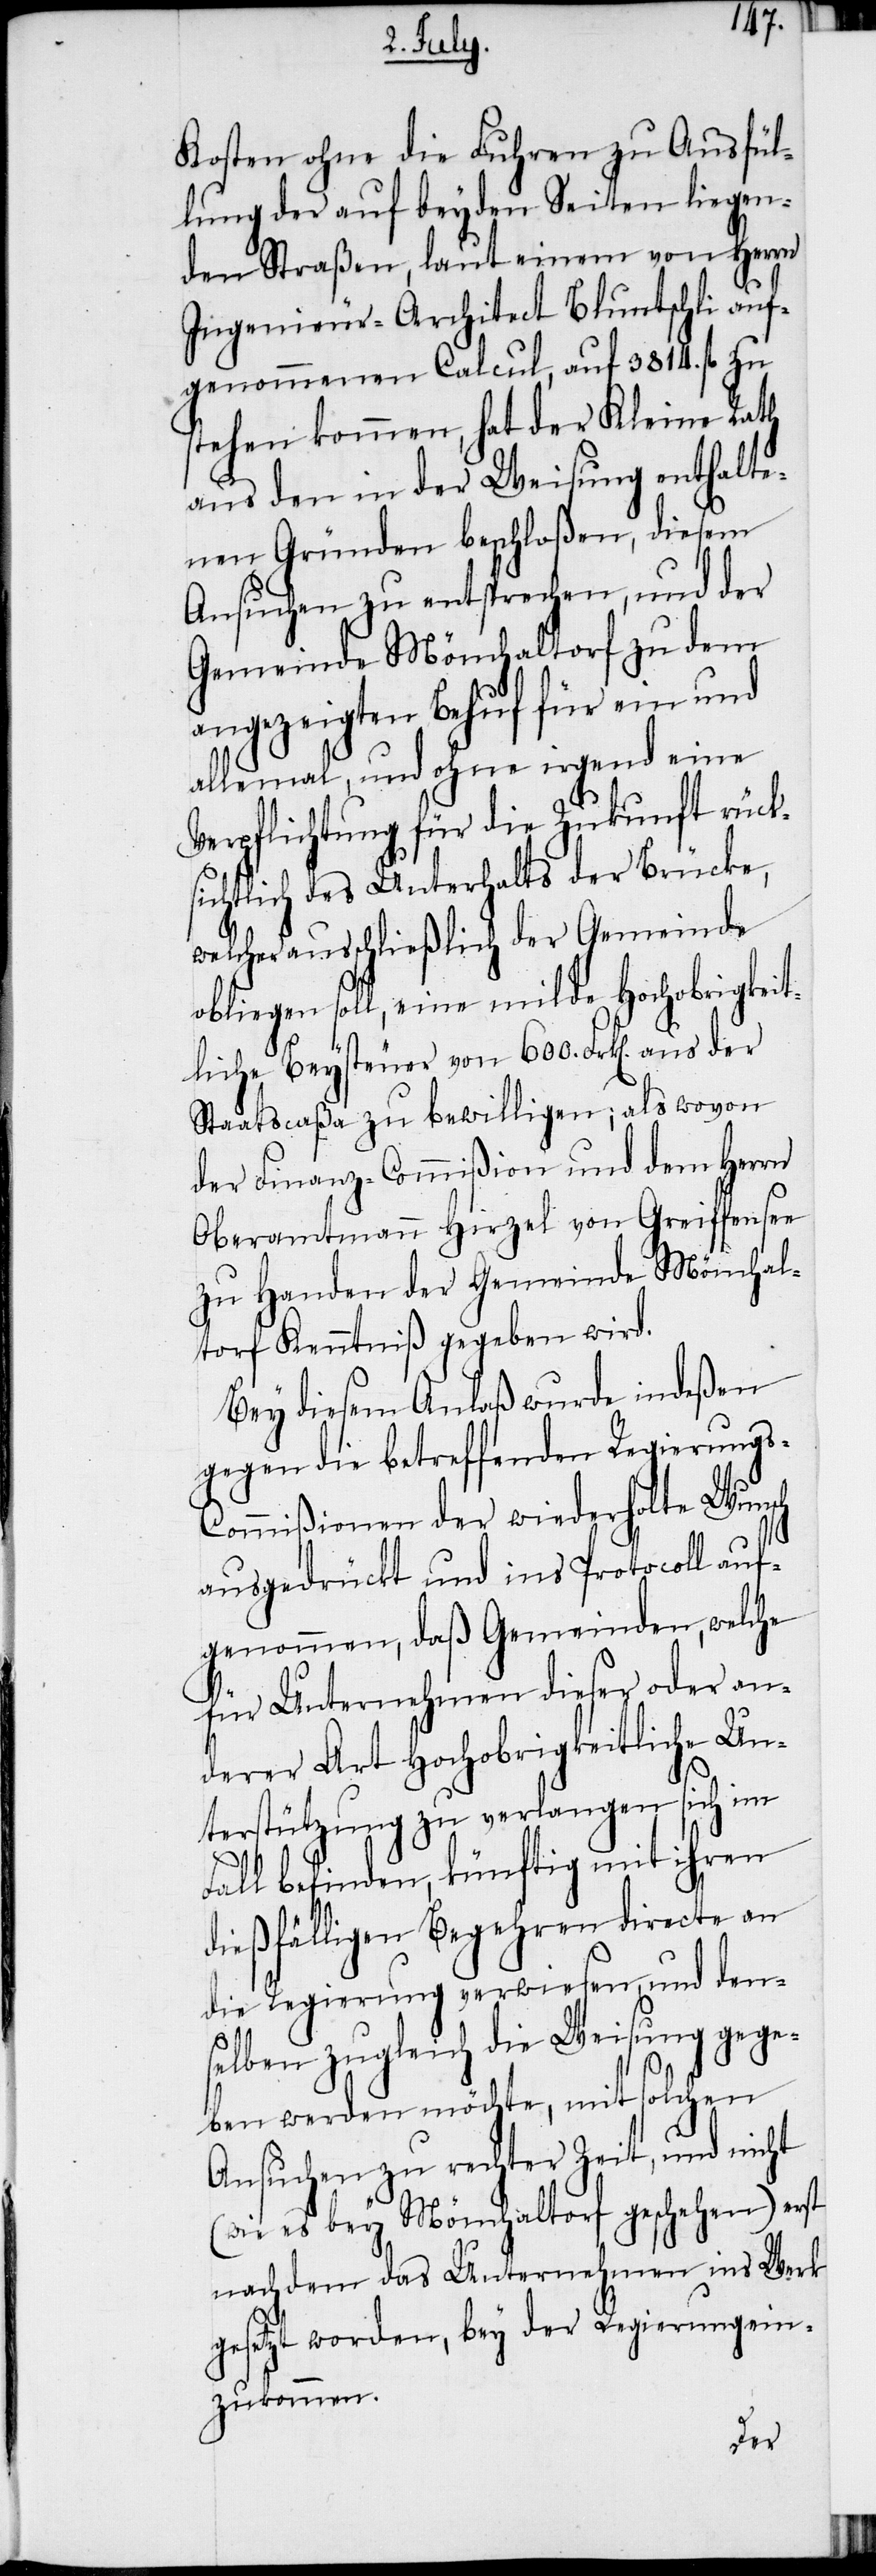
Kosten ohne die Fuhren zu Ausfül¬
lung der auf beyden Seiten liegen¬
den Straßen, laut einem von Herrn
Ingenieur-Architect Bluntschli auf¬
genommenen Calcul, auf 3814. fl zu
stehen kommen, hat der Kleine Rath
aus den in der Weisung enthalte¬
nen Gründen beschloßen, diesem
Ansuchen zu entsprechen, und der
Gemeinde Mönchaltorf zu dem
angezeigten Behuf für ein und
allemal, und ohne irgend eine
Verpflichtung für die Zukunft rück¬
sichtlich des Unterhalts der Brücke,
welcher ausschließlich der Gemeinde
obliegen soll, eine milde Hochobrigkeit¬
liche Beysteuer von 600. Frk[en]. aus der
Staatscaßa zu bewilligen; als wovon
der Finanz-Commißion und dem Herrn
Oberamtmann Hirzel von Greiffensee
zu Handen der Gemeinde Mönchal¬
torf Kenntniß gegeben wird.
Bey diesem Anlaß wurde indeßen
gegen die betreffenden Regierungs-C¬
ommißionen der wiederholte Wunsch
für Unternehmen dieser oder an¬
derer Art Hochobrigkeitliche Un¬
terstützung zu verlangen sich im
Fall befinden, künftig mit ihren
dießfälligen Begehren directe an
die Regierung verwiesen, und den¬
selben zugleich die Weisung gege¬
ben werden möchte, mit solchen
Ansuchen zu rechter Zeit, und nicht
(wie es bey Mönchaltorf geschehen) erst
nachdem das Unternehmen ins Werk
gesetzt worden, bey der Regierung ein¬
zukommen.